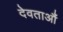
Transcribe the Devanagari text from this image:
देवताऔं